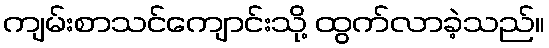
ကျမ်းစာသင်ကျောင်းသို့ ထွက်လာခဲ့သည်။